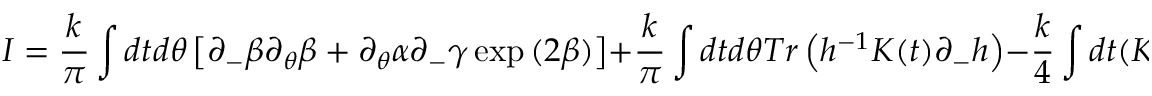
I = \frac { k } { \pi } \int d t d \theta \left[ \partial _ { - } \beta \partial _ { \theta } \beta + \partial _ { \theta } \alpha \partial _ { - } \gamma \exp { ( 2 \beta ) } \right] + \frac { k } { \pi } \int d t d \theta T r \left( h ^ { - 1 } K ( t ) \partial _ { - } h \right) - \frac { k } { 4 } \int d t ( K ^ { 3 } ) ^ { 2 }